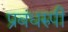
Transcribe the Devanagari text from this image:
प्रबंधरुपी